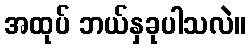
အထုပ် ဘယ်နှခုပါသလဲ။